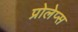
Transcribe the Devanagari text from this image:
प्रोलेप्स